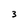
Character: 3